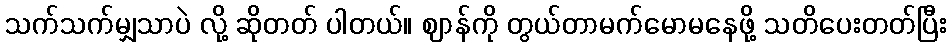
သက်သက်မျှသာပဲ လို့ ဆိုတတ် ပါတယ်။ ဈာန်ကို တွယ်တာမက်မောမနေဖို့ သတိပေးတတ်ပြီး